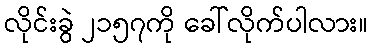
လိုင်းခွဲ ၂၁၅၇ကို ခေါ်လိုက်ပါလား။